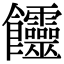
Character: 𩟽